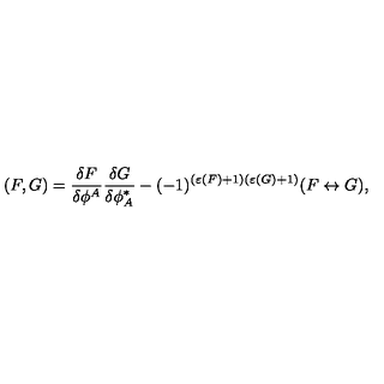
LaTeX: ( F , G ) = \frac { \delta F } { \delta \phi ^ { A } } \frac { \delta G } { \delta \phi _ { A } ^ { * } } - ( - 1 ) ^ { ( \varepsilon ( F ) + 1 ) ( \varepsilon ( G ) + 1 ) } ( F \leftrightarrow G ) ,